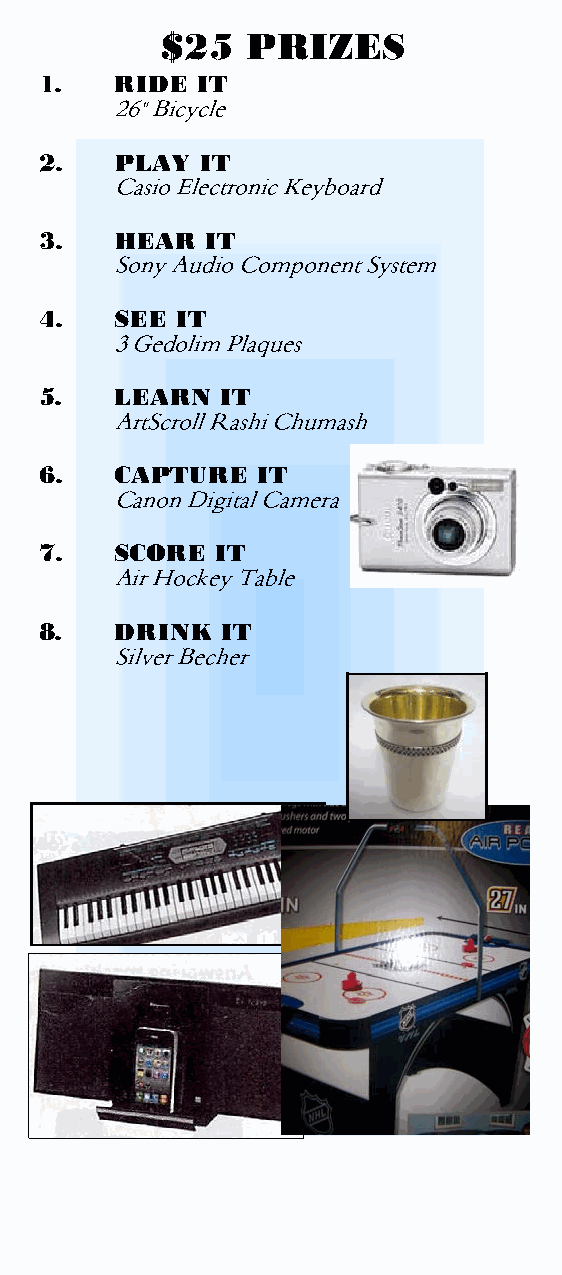
$25  PRIZES                         $10   PRIZES                        $10   PRIZES
 1.   RIDE IT
 26" Bicycle                     9.   LISTEN WELL                    18.  UP  IN THE AIR
 Digital MP3 4G Player               RC Helicopter
 2.   PLAY IT
 Casio Electronic Keyboard       10.  BASEBALL  PACKAGE
 19.  STAY  CONNECTED
 Ball, Bat, Glove
 3.   HEAR  IT
 Motorola 2-way Radio
 Sony Audio Component System     11.  KEEP  YOUR  BALANCE
 Ripstik
 20.  POP  GOES THE  WEASEL
 4.   SEE IT
 3 Gedolim Plaques               12.  FOR THE  MASMID                     Hot Air Popcorn Maker
 Table Top Shtender
 5.   LEARN  IT
 ArtScroll Rashi Chumash         13.  LOADS  OF FUN
 Board Game Package- 6 Popular Games
 6.   CAPTURE  IT
 Canon Digital Camera
 7.   SCORE IT
 Air Hockey Table
 8.   DRINK  IT
 Silver Becher
 21.  SHTEIGING  AWAY
 Mikraos Gedolos Chumash
 14   SOMETHING   FISHY
 Sushi Platter                  22.  SPORTS  PACKAGE
 Volleyball, Basketball
 15.  SPEND  WISELY
 $50 Canteen Spree                   Dodgeball, Hockey Stick
 16.  YUM!!
 23.  SLAM
 5 Pies of Pizza
 Virtual Tennis
 17.  ON THE  GO
 Razor Scooter
 24.  JACKPOT
 1 Ticket in Each Prize